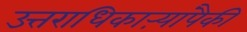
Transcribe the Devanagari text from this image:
उत्तराधिकाऱ्यांपैकी